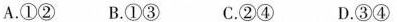
A.①② B.①③ C.②④ D.③④